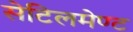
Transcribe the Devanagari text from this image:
सेटिलमेण्ट